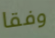
وفقا